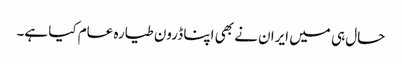
حال ہی میں ایران نے بھی اپنا ڈرون طیارہ عام کیا ہے۔